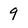
Character: 9